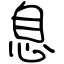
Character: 息